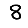
Digit: 8